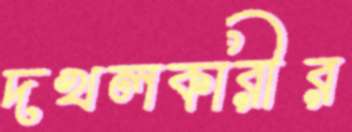
দখলকারীর